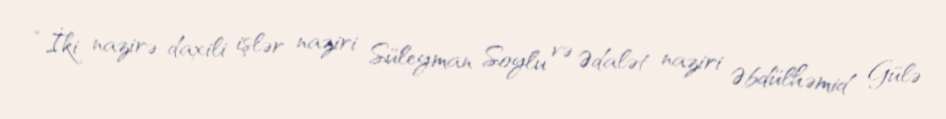
“İki nazirə-daxili işlər naziri Süleyman Soylu və Ədalət naziri Əbdülhəmid Gülə